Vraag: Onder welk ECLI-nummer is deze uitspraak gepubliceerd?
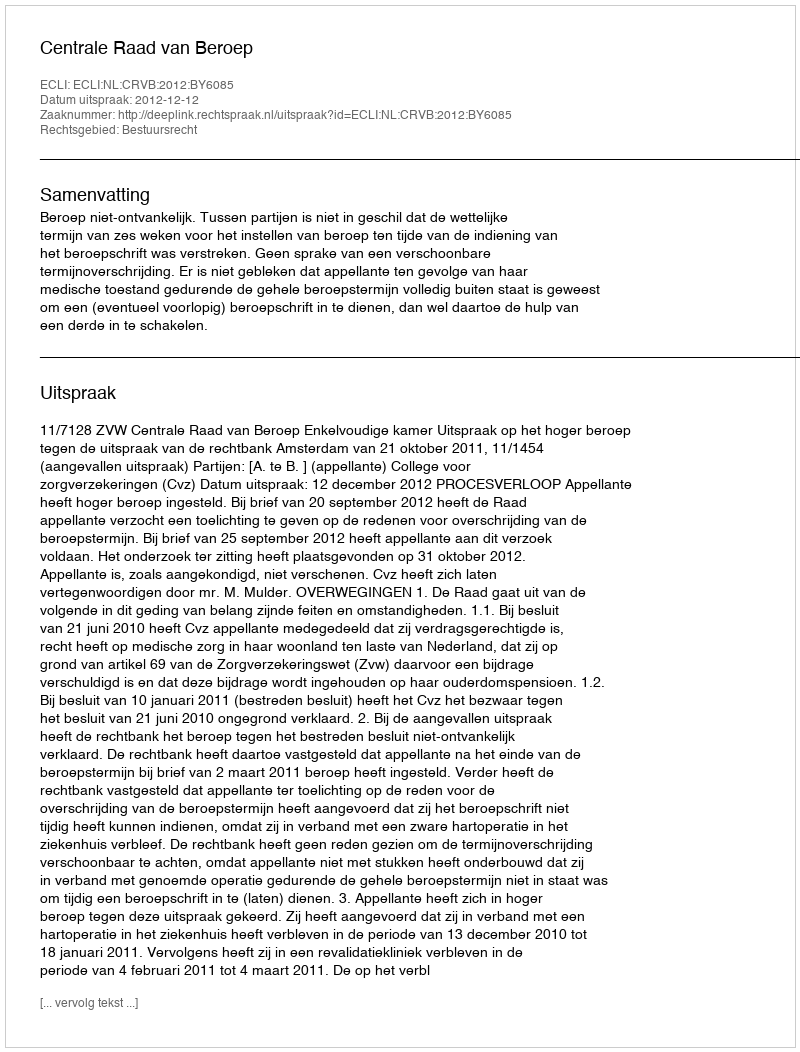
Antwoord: ECLI:NL:CRVB:2012:BY6085